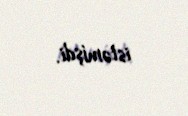
istəmişdi.